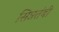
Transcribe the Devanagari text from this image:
सिन्नतंबी